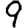
Digit: 9